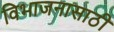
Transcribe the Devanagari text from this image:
विभाजनासाठी